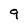
Character: 9